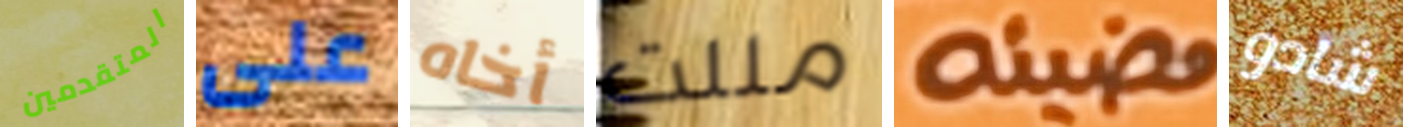
المتقدمين على أخاه مللت مضيئه شادو